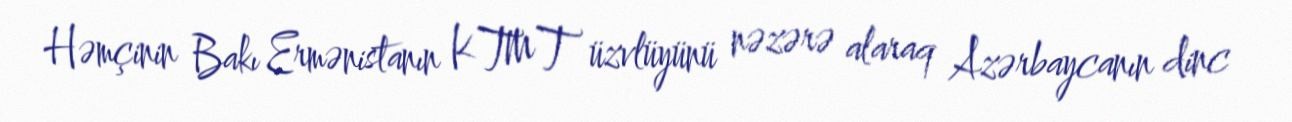
Həmçinin Bakı Ermənistanın KTMT üzvlüyünü nəzərə alaraq Azərbaycanın dinc